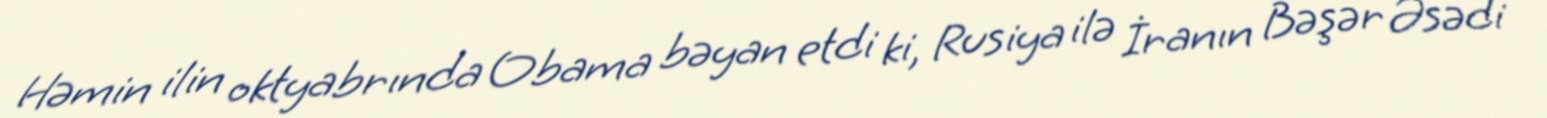
Həmin ilin oktyabrında Obama bəyan etdi ki, Rusiya ilə İranın Bəşər Əsədi